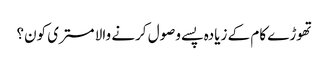
تھوڑے کام کے زیادہ پسے وصول کرنے والا مستری کون؟